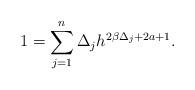
LaTeX: \begin{align*} 1= \sum_{j=1}^{n} \Delta_j h^{ 2 \beta \Delta_j+2a+1}. \end{align*}